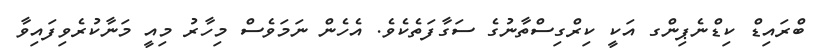
ބްރައިޑް ކިޑްނެޕިންގ އަކީ ކިރްގިސްތާނުގެ ސަގާފަތެކެވެ. އެހެން ނަމަވެސް މިހާރު މިއީ މަނާކުރެވިފައިވާ